[Report on the health of British troops in the Madras command]
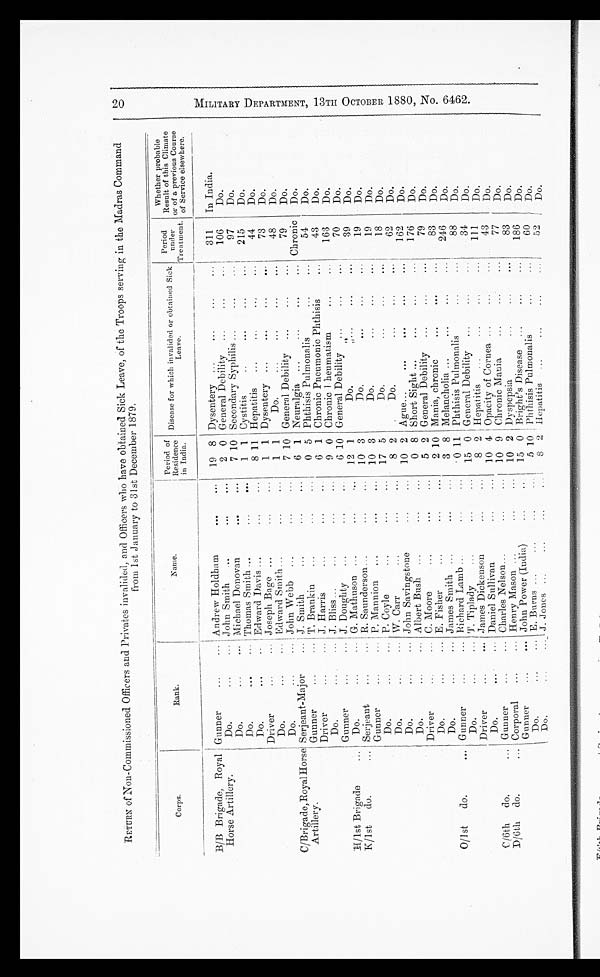
RETURN of Non-Commissioned Officers and Privates invalided, and Officers who have obtained Sick Leave, of the Troops serving in the Madras Command
from 1st January to 31st December 1879.
Corps.
Rank.
Name.
Period of
Residence
in India.
Disease for which invalided or obtained Sick
Leave.
Period
under
T r e a t m e n t .
Whether probable
Result of this Climate
or of a previous Course
of Service elsewhere.
B/B Brigade, Royal
Horse Artillery.
Gunner
...
... Andrew Holdham
...
...
19 8 Dysentery
...
...
...
...
311
In India.
Do.
...
... John Smith
...
...
...
2 0 General Debility
...
...
106
Do.
Do.
...
... Michael Donovan
...
...
7 10 Secondary Syphilis ...
...
...
97
Do.
Do.
...
... Thomas Smith ...
...
...
1
1
Cystitis
..
...
... ...
215
Do.
Do.
. . . . . .
Edward Davis ...
...
...
8 11 Hepatitis
...
...
...
...
44
Do.
Driver
... ...
Joseph Bage ...
...
...
1 1 Dysentery ...
...
...
...
73
Do.
Do.
...
... Edward Smith ...
...
...
1
1
Do.
...
...
...
...
48
Do.
Do.
...
... John Webb
...
. . . . . .
7 10 General Debility
...
...
...
79
Do.
C/Brigade, Royal Horse
Artillery.
Serjeant-Major
... J. Smith
... ... ...
6 1 Neuralgia
...
...
...
... Chronic
Do.
Gunner
... ...
T. Brankin
. . . . . . . . .
0 5 Phthisis Pulmonalis
...
...
54
Do.
Driver
...
... J. Harris
...
...
...
6 1 Chronic Pneumonic Phthisis
...
43
Do.
Do.
... J. Bliss...
... ... ...
9 0 Chronic I heumatism ... ...
163
Do.
Gunner
...
... J. Doughty
...
...
..
6 10 General Debility
...
...
...
70
Do.
H/1st Brigade
...
Do.
...
... G. Mathuson ...
...
...
12 1
Do.
...
...
...
39
Do.
K/1st
do.
... Serjeant
...
... R. Saunderson ...
... ...
10 3
Do.
...
... ...
19
Do.
Gunner
...
... P. Mannion
...
...
...
10 3
Do.
...
...
...
19
Do.
Do.
...
... P. Coyle
...
...
...
17 5
Do.
... ... ...
18
Do.
Do.
... ...
W. Carr
...
...
...
8 2
Do.
...
...
...
62
Do.
Do.
...
... John Savingstone
... ...
10 2 Ague ...
...
...
. . . . . .
162
Do.
Do.
. . . . . .
Albert Bush
...
... ...
0 8 Short Sight ...
...
...
...
176
Do.
Driver
... ...
C. Moore
...
...
...
5 2 General Debility
...
...
...
79
Do.
Do.
...
... E. Fisher
...
. . . . . .
2 10 Mania, chronic
... ... ...
83
Do.
Do.
...
... James Smith ...
...
...
3
8 Melancholia ...
... ... ...
246
Do.
O/1st
do.
... Gunner
...
... Richard Lamb ...
... ...
0 11 Phthisis Pulmonalis ...
...
88
Do.
Do.
...
...
Tiplady
...
...
...
15 0 General Debility
...
...
...
34
Do.
Driver
...
... James Dickenson
...
...
8 2 Hepatitis
...
...
...
...
111
Do.
Do.
...
... Daniel Sullivan
...
...
10 4 Opacity of Cornea ...
...
...
43
Do.
C /6th
do.
... Gunner
... Charles Nelson...
. . . . . .
1 0 9 Chronic Mania
..
. ... ...
7 7 Do.
D/6th
do.
... Corporal
...
... Henry Mason ...
...
...
1 0 2 Dyspepsia
...
... ...
83
Do.
Gunner
...
... John Power (India)
...
...
15 0 Bright's Disease
...
...
186
Do.
Do.
...
... E. Burns ...
...
...
...
5 10 Phthisis Pulmonalis
...
...
...
60
Do.
Do.
...
... J. Jones ... ... ... ...
8 2 Hepatitis
...
...
...
...
52
Do.